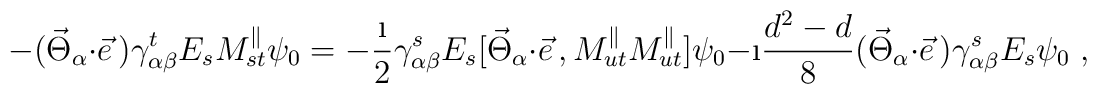
-(\vec{\Theta}_\alpha\cdot\vec{e}\,)\gamma^t_{\alpha\beta}E_sM_{st}^{\parallel}\psi_0=-\frac{\i}{2}\gamma^s_{\alpha\beta}E_s[\vec{\Theta}_\alpha\cdot\vec{e}\,,M_{ut}^{\parallel}M_{ut}^{\parallel}]\psi_0-\i\frac{d^2-d}{8}(\vec{\Theta}_\alpha\cdot\vec{e}\,)\gamma^s_{\alpha\beta}E_s\psi_0\;,